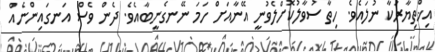
އިޚްތިޔާރަކާ ނުލައެވެ. ހިތާ ސުވާލުކޮށްލެވުނީ އޭނާއަށް ހަމަ ނޭނގެނީބާއެވެ. ދެން ވެސް އަނގައިންނެއް